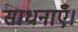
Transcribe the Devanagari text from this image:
साधनाएँ।